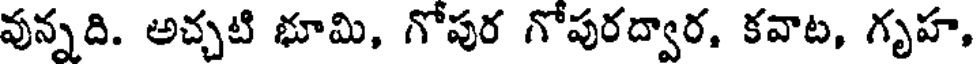
వున్నది. అచ్చటి భూమి, గోపుర గోపురద్వార, కవాట, గృహ,